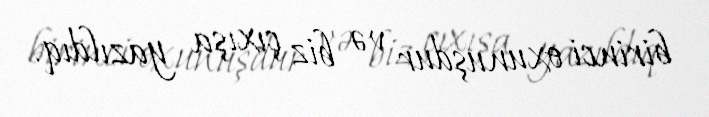
birinci oxunuşdur və biz çıxışa yazıldıq.